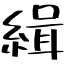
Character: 緝